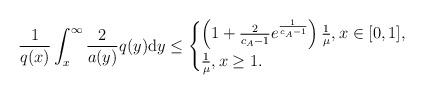
LaTeX: \begin{align*}\frac{1}{q(x)} \int_x^\infty \frac{2}{a(y)} q(y) \mathrm dy &\leq \begin{cases}\left(1 + \frac{2}{c_A - 1} e^{\frac{1}{c_A - 1}}\right)\frac{1}{\mu},x\in [0,1],\\\frac{1}{\mu},x \geq 1.\end{cases}\end{align*}